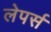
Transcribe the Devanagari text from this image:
लेपर्स